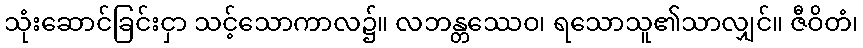
သုံးဆောင်ခြင်းငှာ သင့်သောကာလ၌။ လဘန္တဿေဝ၊ ရသောသူ၏သာလျှင်။ ဇီဝိတံ၊